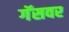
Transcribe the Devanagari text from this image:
गॅसवर